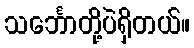
သင်္ဘောတို့ပဲရှိတယ်။